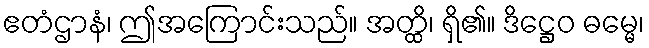
ဧတံဌာနံ၊ ဤအကြောင်းသည်။ အတ္ထိ၊ ရှိ၏။ ဒိဋ္ဌေဝ ဓမ္မေ၊